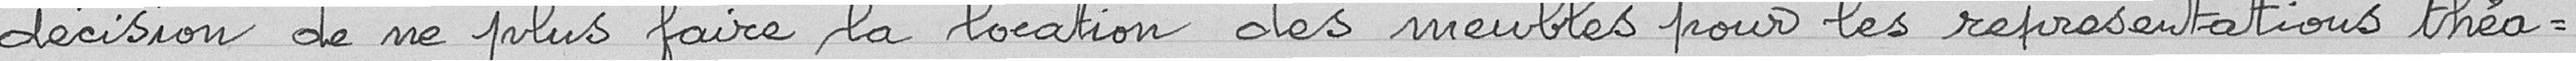
décision de ne plus faire la location des meubles pour les représentations théa-